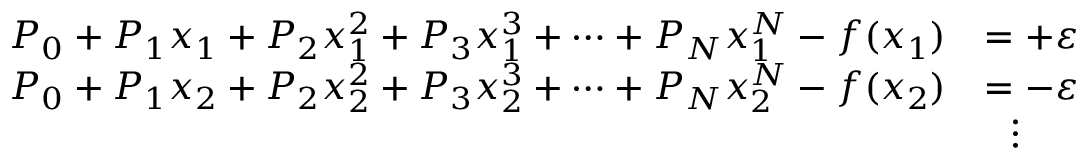
{ \begin{array} { r l } { P _ { 0 } + P _ { 1 } x _ { 1 } + P _ { 2 } x _ { 1 } ^ { 2 } + P _ { 3 } x _ { 1 } ^ { 3 } + \dots + P _ { N } x _ { 1 } ^ { N } - f ( x _ { 1 } ) } & { = + \varepsilon } \\ { P _ { 0 } + P _ { 1 } x _ { 2 } + P _ { 2 } x _ { 2 } ^ { 2 } + P _ { 3 } x _ { 2 } ^ { 3 } + \dots + P _ { N } x _ { 2 } ^ { N } - f ( x _ { 2 } ) } & { = - \varepsilon } \\ & { \ \ \vdots } \end{array} }